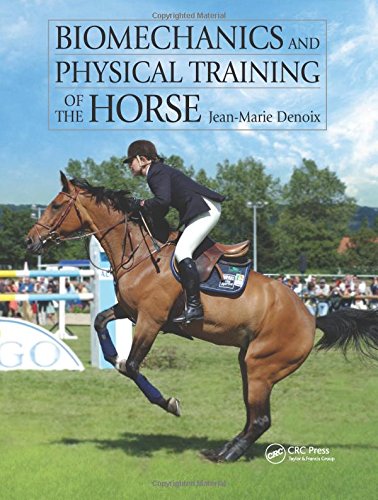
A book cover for Biomechanics and Physical Training of the Horse; Jean-Marie Denoix; Medical Books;